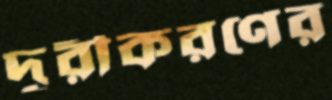
দূরীকরণের